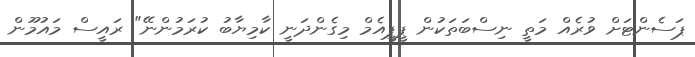
ޕަސެންޓަށް ވުރެއް މަތީ ނިސްބަތަކުން ޕީޕީއެމް މިގެންދަނީ ކާމިޔާބު ކުރަމުންނޭ" ރައީސް މައުމޫން